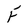
Character: F